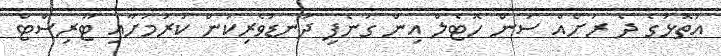
އަތޮޅުގެ ދެ ރަށެއް ސަން ހޮޓެލް އިން ގަނެފި ދަނޑުވެރިކަން ކުރުމަށާއި ޓޫރިސްޓް